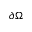
\partial \Omega